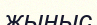
жыныс